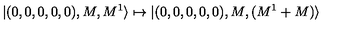
| ( 0 , 0 , 0 , 0 , 0 ) , M , M ^ { 1 } \rangle \mapsto | ( 0 , 0 , 0 , 0 , 0 ) , M , ( M ^ { 1 } + M ) \rangle